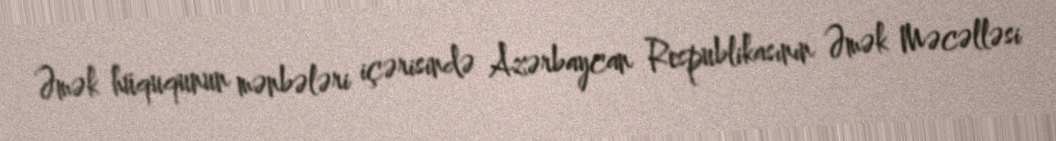
Əmək hüququnun mənbələri içərisində Azərbaycan Respublikasının Əmək Məcəlləsi